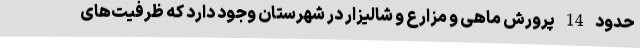
حدود 14 پرورش ماهی و مزارع و شالیزار در شهرستان وجود دارد که ظرفیت‌های